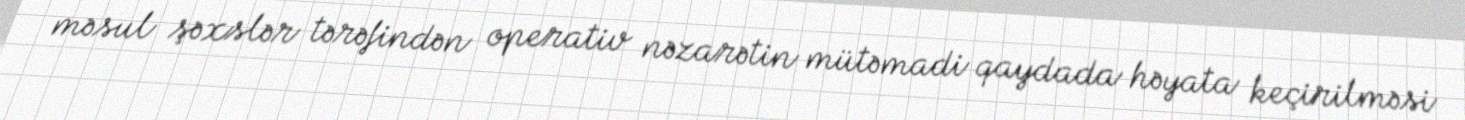
məsul şəxslər tərəfindən operativ nəzarətin mütəmadi qaydada həyata keçirilməsi